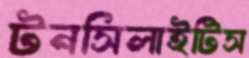
টনসিলাইটিস